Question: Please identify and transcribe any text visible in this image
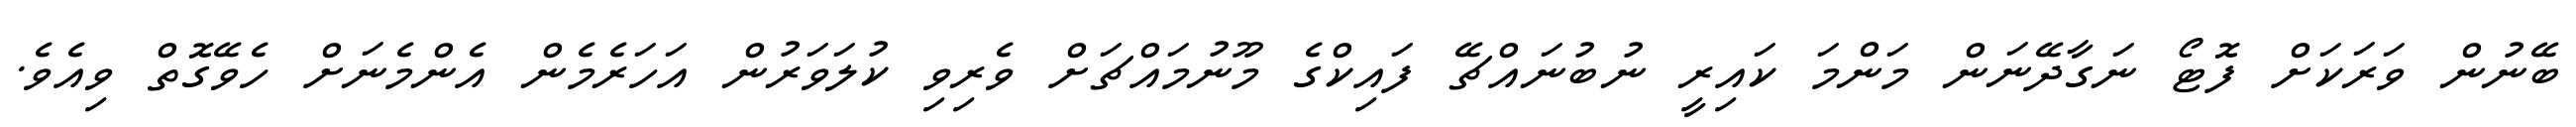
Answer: ބޭނުން ވަރަކަށް ފޮޓޯ ނަގާދޭނަން މަންމަ ކައިރީ ނުބުނައްޗޭ ފައިކްގެ މޫނުމައްޗަށް ވެރިވި ކުލަވަރުން އަހަރެމެން އެންމެނަށް ހެވޭގޮތް ވިއެވެ.